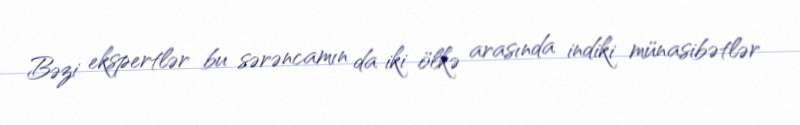
Bəzi ekspertlər bu sərəncamın da iki ölkə arasında indiki münasibətlər